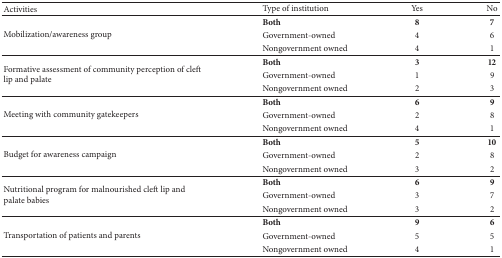
<table><thead><tr><td><b>Activities</b></td><td><b>Type of institution</b></td><td><b>Yes</b></td><td><b>No</b></td></tr></thead><tbody><tr><td rowspan="3">Mobilization/awareness group</td><td><b>Both </b></td><td><b>8</b></td><td><b>7</b></td></tr><tr><td>Government-owned</td><td>4 </td><td>6 </td></tr><tr><td>Nongovernment owned</td><td>4</td><td>1</td></tr><tr><td rowspan="3">Formative assessment of community perception of cleft lip and palate</td><td><b>Both</b></td><td><b>3</b></td><td><b>12</b></td></tr><tr><td>Government-owned</td><td>1 </td><td>9 </td></tr><tr><td>Nongovernment owned</td><td>2</td><td>3</td></tr><tr><td rowspan="3">Meeting with community gatekeepers</td><td><b>Both </b></td><td><b>6</b></td><td><b>9</b></td></tr><tr><td>Government-owned</td><td>2</td><td>8</td></tr><tr><td>Nongovernment owned</td><td>4 </td><td>1 </td></tr><tr><td rowspan="3">Budget for awareness campaign </td><td><b>Both </b></td><td><b>5 </b></td><td><b>10 </b></td></tr><tr><td>Government-owned</td><td>2 </td><td>8 </td></tr><tr><td>Nongovernment owned</td><td>3 </td><td>2 </td></tr><tr><td rowspan="3">Nutritional program for malnourished cleft lip and palate babies</td><td><b>Both </b></td><td><b>6</b></td><td><b>9</b></td></tr><tr><td>Government-owned</td><td>3 </td><td>7 </td></tr><tr><td>Nongovernment owned</td><td>3</td><td>2</td></tr><tr><td rowspan="3">Transportation of patients and parents</td><td><b>Both</b></td><td><b>9</b></td><td><b>6</b></td></tr><tr><td>Government-owned</td><td>5 </td><td>5 </td></tr><tr><td>Nongovernment owned</td><td>4</td><td>1</td></tr></tbody></table>